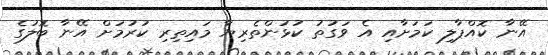
އޭނާ ކޮއްޕާލި ކަމަށާއި އެ ވަގުތު ކުޅުންތެރިޔާ މައިތިރި ކުރުމަށް އޭނާ ބޮލުގެ